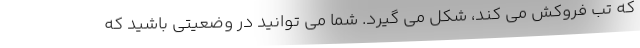
که تب فروکش می کند، شکل می گیرد. شما می توانید در وضعیتی باشید که